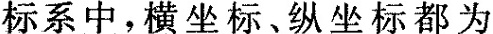
系中，横坐标、纵坐标都为